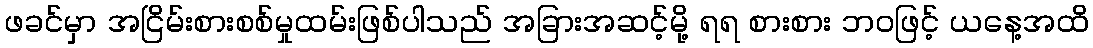
ဖခင်မှာ အငြိမ်းစားစစ်မှုထမ်းဖြစ်ပါသည် အခြားအဆင့်မို့ ရရ စားစား ဘဝဖြင့် ယနေ့အထိ